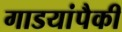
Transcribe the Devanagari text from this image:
गाडयांपैकी